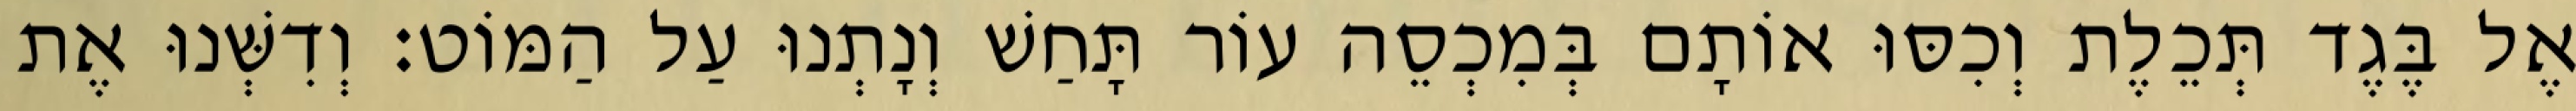
אֶל בֶּגֶד תְּכֵלֶת וְכִסּוּ אוֹתָם בְּמִכְסֵה עוֹר תָּחַשׁ וְנָתְנוּ עַל הַמּוֹט׃ וְדִשְּׁנוּ אֶת